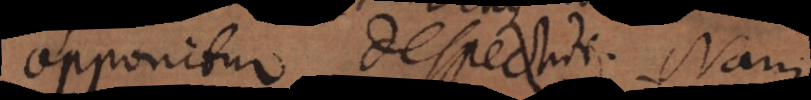
opponitur despectui. Nam